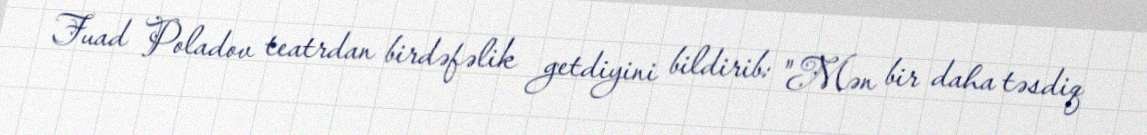
Fuad Poladov teatrdan birdəfəlik getdiyini bildirib: "Mən bir daha təsdiq